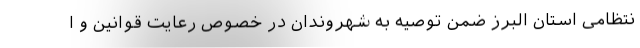
نتظامی استان البرز ضمن توصیه به شهروندان در خصوص رعایت قوانین و ا